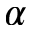
\alpha